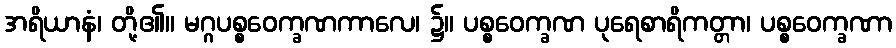
အရိယာနံ၊ တို့၏။ မဂ္ဂပစ္စဝေက္ခဏကာလေ၊ ၌။ ပစ္စဝေက္ခဏ ပုရေစာရိကတ္တာ၊ ပစ္စဝေက္ခဏာ